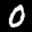
Label: 0